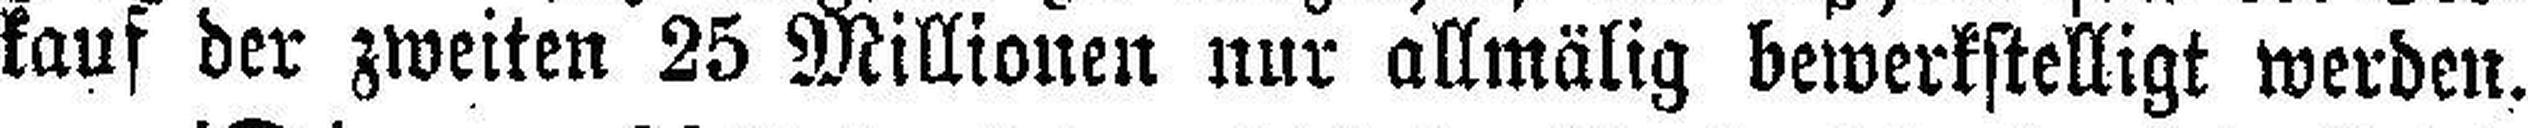
kauf der zweiten 25 Millionen nur allmälig bewerkstelligt werden.